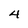
Character: 4